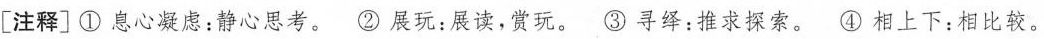
[注释]①息心凝虑：静心思考。-②展玩：展读，赏玩。③寻绎：推求探索。④相上下：相比较。